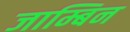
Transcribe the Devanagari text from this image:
जाम्बिन